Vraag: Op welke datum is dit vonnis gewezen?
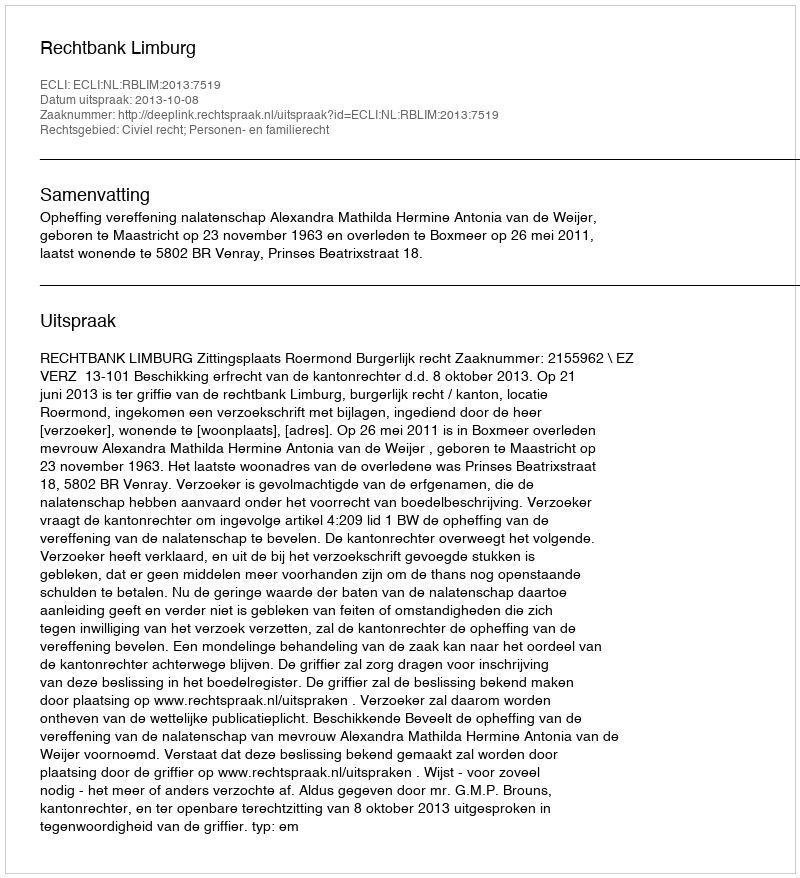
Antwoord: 2013-10-08